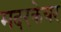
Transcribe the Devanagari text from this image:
मदरकेयर